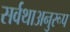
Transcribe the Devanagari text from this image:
सर्वथाअनुरूप